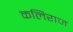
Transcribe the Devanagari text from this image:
कलिराज